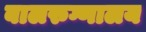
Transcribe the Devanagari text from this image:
बालरुग्णालय